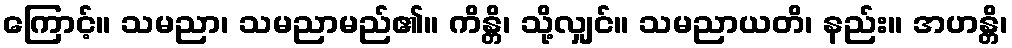
ကြောင့်။ သမညာ၊ သမညာမည်၏။ ကိန္တိ၊ သို့လျှင်။ သမညာယတိ၊ နည်း။ အဟန္တိ၊